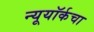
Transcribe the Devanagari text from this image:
न्यूयॉर्कचा